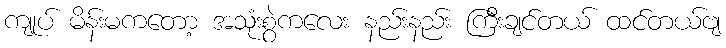
ကျုပ် မိန်းမကတော့ အသုံးစွဲကလေး နည်းနည်း ကြီးချင်တယ် ထင်တယ်ဗျ